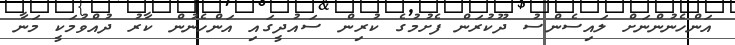
އަންހެނުންނަށް ލައިސެންސު ދޫކުރަން ފެށުމުގެ ކުރިން ސައުދީގައި އަންހެނުން ކާރު ދުއްވުމަކީ މަނާ